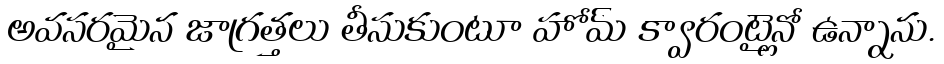
అవసరమైన జాగ్రత్తలు తీసుకుంటూ హోమ్ క్వారంటైన్లో ఉన్నాను.